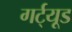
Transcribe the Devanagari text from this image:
गर्ट्‌यूड